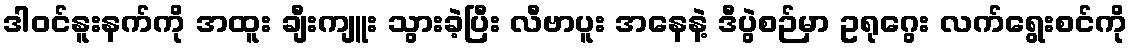
ဒါ၀င်နူးနက်ကို အထူး ချီးကျူး သွားခဲ့ပြီး လီဗာပူး အနေနဲ့ ဒီပွဲစဉ်မှာ ဥရုဂွေး လက်ရွေးစင်ကို